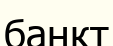
банкт